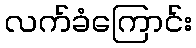
လက်ခံကြောင်း